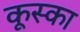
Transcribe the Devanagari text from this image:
कूस्का